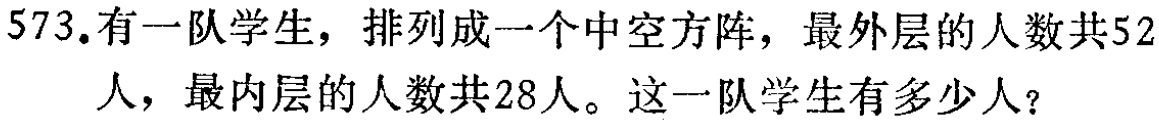
573.有一队学生，排列成一个中空方阵，最外层的人数共52人，最内层的人数共28人。这一队学生有多少人？